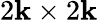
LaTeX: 2\mathbf{k}\times2\mathbf{k}